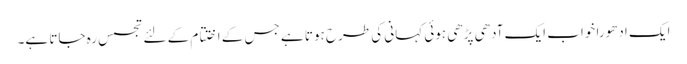
ایک ادھورا خواب ایک آدھی پڑھی ہوئی کہانی کی طرح‌ ہوتا ہے جس کے اختتام کے لئے تجسس رہ جاتا ہے۔